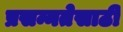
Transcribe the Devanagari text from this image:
प्रसन्नतेसाठी